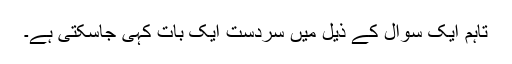
تاہم ایک سوال کے ذیل میں سردست ایک بات کہی جاسکتی ہے۔